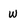
Character: W